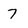
Character: 7